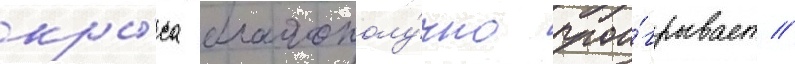
кры́са благополу́чно прои́грывает //